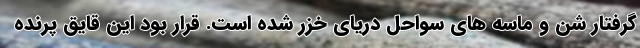
گرفتار شن و ماسه های سواحل دریای خزر شده است. قرار بود این قایق پرنده